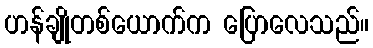
ဟန်ချိုတစ်ယောက်က ပြောလေသည်။